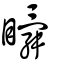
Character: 瞬